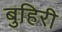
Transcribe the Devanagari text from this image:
बुहिरी